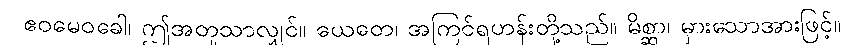
ဧဝမေဝခေါ၊ ဤအတူသာလျှင်။ ယေတေ၊ အကြင်ရဟန်းတို့သည်။ မိစ္ဆာ၊ မှားသောအားဖြင့်။